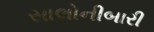
સાલોનીબારી